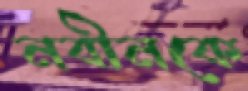
নবীনকে